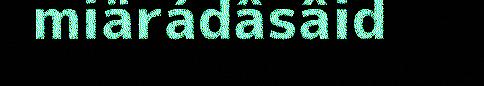
miärádâsâid